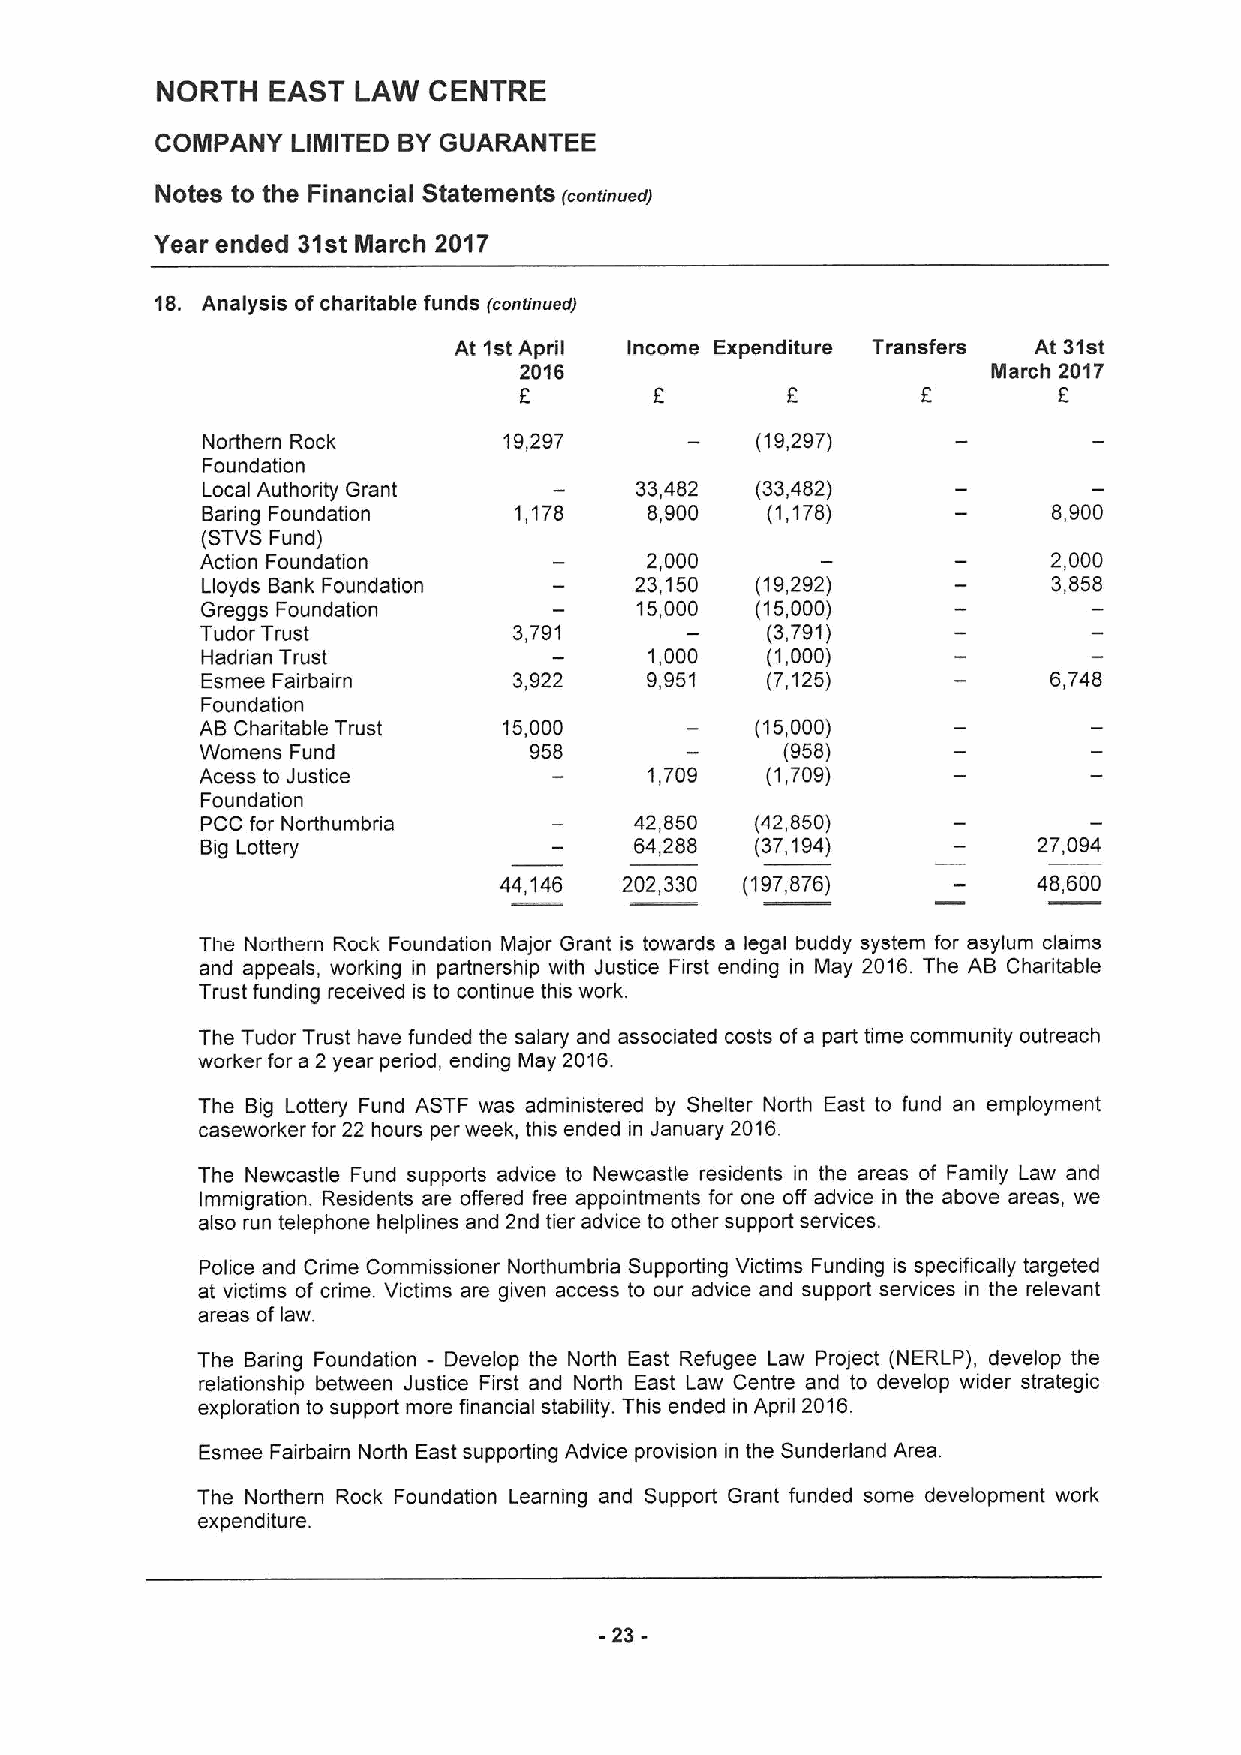
NORTH   EAST LAW  CENTRE
 COMPANY  LIMITED BYGUARANTEE
 Notes to the Financial Statements (conrinuedf
 Year ended 31st March 2017
 18. Analysis ofcharitable funds fconrrnuerr)
 At 1st April Income Expenditure Transfers At 31st
 2016                            March 2017
 6        F        6        E        6
 Northern Rock       19,297           (19,297)
 Foundation
 Local Authority Grant        33,482  (33,482)
 Baring Foundation    1,178    8,900   (1,178)            8,900
 (STVSFund)
 Action Foundation             2,000                      2,000
 Lloyds Bank Foundation       23,150  (19,292)            3,858
 Greggs Foundation            15,000  (15,000)
 Tudor Trust          3,791            (3,791)
 Hadrian Trust                 1,000   (1,000)
 Esmee Fairbairn      3,922    9,951   (7,125)            6,748
 Foundation
 AB Charitable Trust 15,000           (15,000)
 Womens Fund           958              (958)
 Acess to Justice              1,709   (1,709)
 Foundation
 PCC for Northumbria          42,850  (42,850)
 Big Lottery                  64,288  (37,194)           27,094
 44,146  202,330 (197,876)           48,600
 The Northern Rock Foundation Major Grant is towards a legal buddy system for asylum claims
 and appeals, working in partnership with Justice First ending in May 2016. The AB Charitable
 Trust funding received is to continue this work.
 The Tudor Trust have funded the salary and associated costs ofa part time community outreach
 worker for a 2 year period, ending May 2016.
 The Big Lottery Fund ASTF was administered by Shelter North East to fund an employment
 caseworker for 22 hours per week, this ended in January 2016.
 The Newcastle Fund supports advice to Newcastle residents in the areas of Family Law and
 Immigration. Residents are offered free appointments for one off advice in the above areas, we
 also run telephone helplines and 2nd tier advice to other support services.
 Police and Crime Commissioner Northumbria Supporting Victims Funding is specifically targeted
 at victims of crime. Victims are given access to our advice and support services in the relevant
 areas oflaw.
 The Baring Foundation - Develop the North East Refugee Law Project (NERLP), develop the
 relationship between Justice First and North East Law Centre and to develop wider strategic
 exploration to support more financial stability. This ended in April 2016.
 Esmee Fairbairn North East supporting Advice provision in the Sunderland Area.
 The Northern Rock Foundation Learning and Support Grant funded some development work
 expenditure.
 -23-